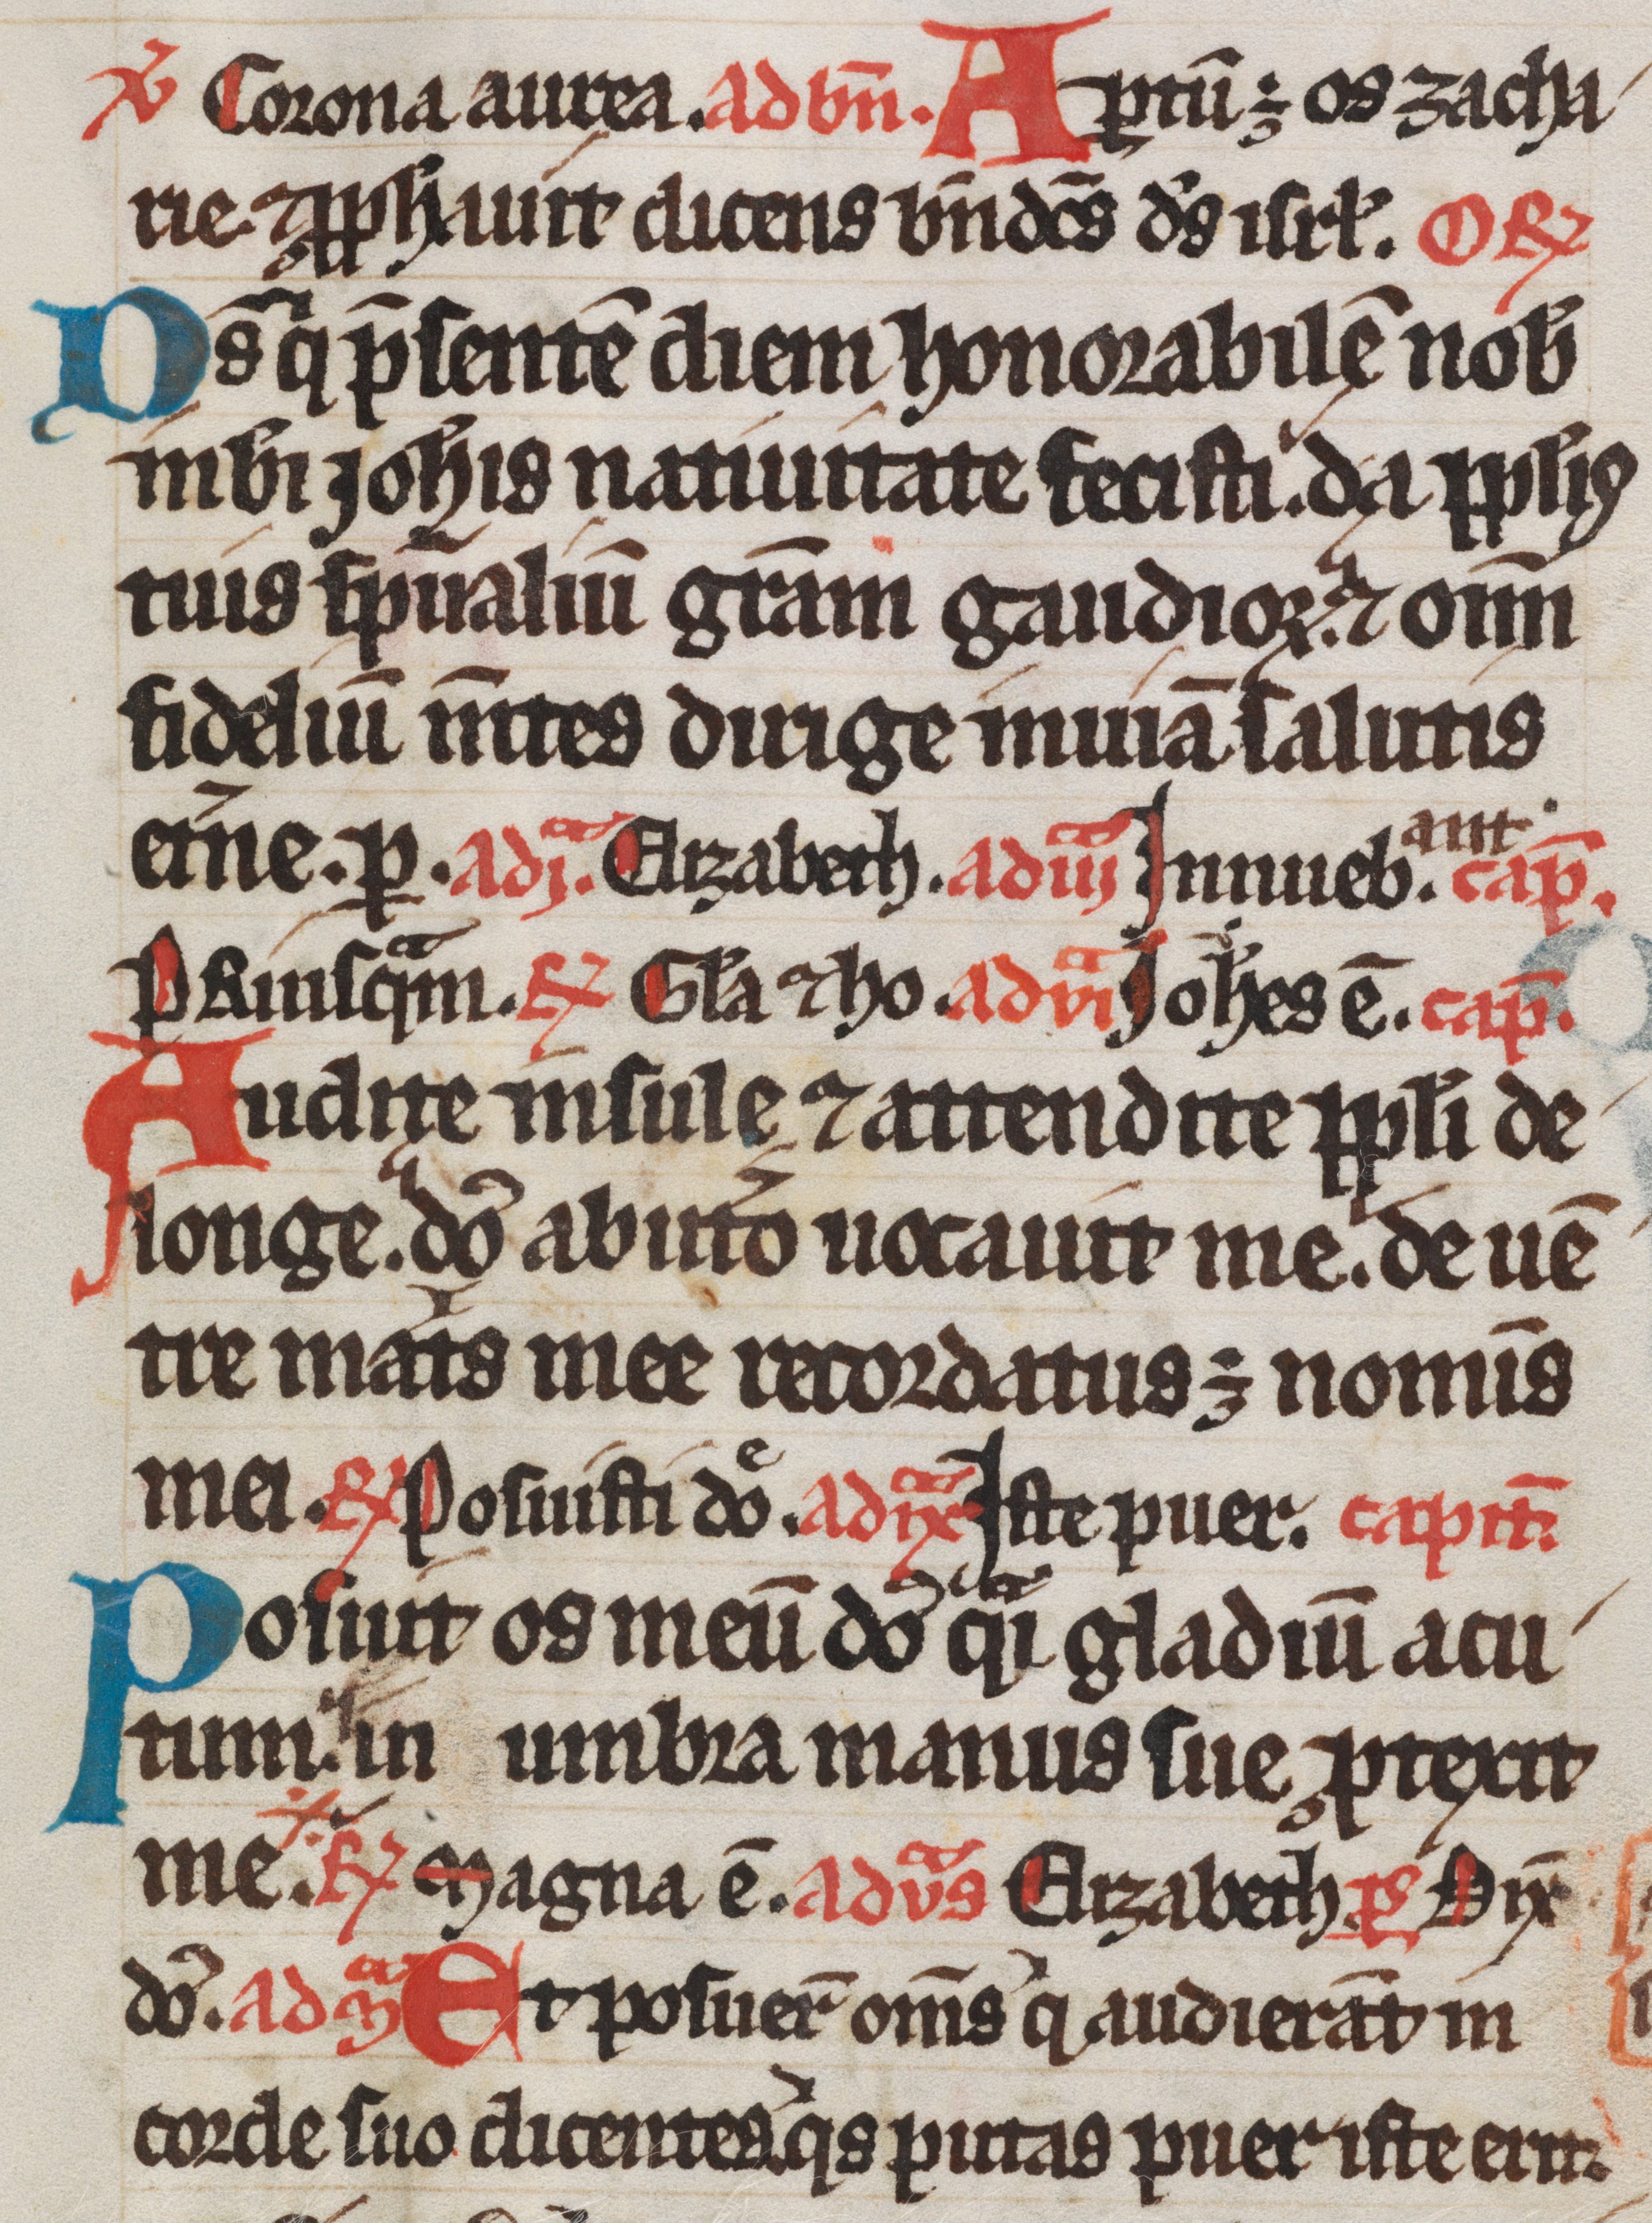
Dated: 1300–1349